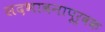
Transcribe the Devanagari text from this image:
सदभावनापूर्वक